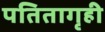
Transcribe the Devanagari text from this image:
पतितागृही